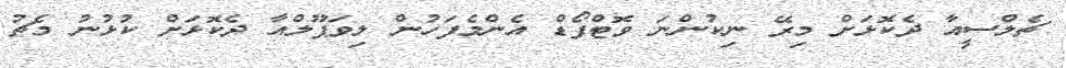
ޗެލްސީއާ ދެކޮޅަށް މިރޭ ނިކުންނަ ވޮޓްފޯޑް އެންމެފަހުން ލިވަޕޫލްއާ ދެކޮޅަށް ކުޅުނު މެޗު